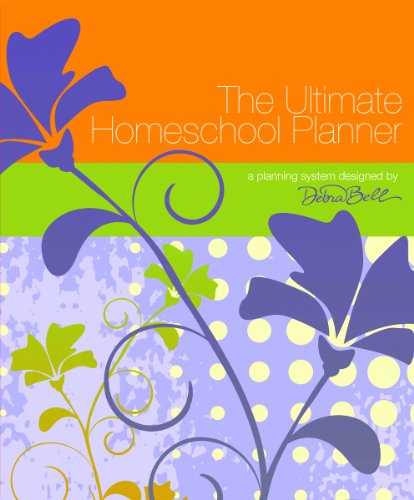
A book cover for The Ultimate Homeschool Planner (Orange Edition); Debra Bell; Christian Books & Bibles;